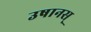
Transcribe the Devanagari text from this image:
उषानस्‌